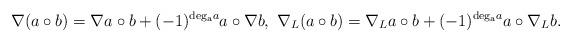
LaTeX: \begin{align*}\nabla(a\circ b)=\nabla a\circ b+(-1)^{{\rm deg_a}a}a\circ \nabla b,\ \nabla_L(a\circ b)=\nabla_La\circ b+(-1)^{{\rm deg_a}a}a\circ \nabla_Lb.\end{align*}